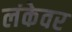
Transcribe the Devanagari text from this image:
लंकेवर